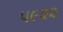
૫૯૨૨